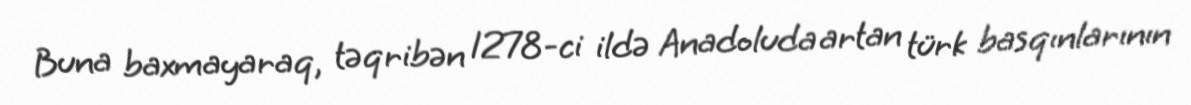
Buna baxmayaraq, təqribən 1278-ci ildə Anadoluda artan türk basqınlarının